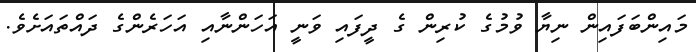
މައިންބަފައިން ނިޔާ ވުމުގެ ކުރިން ގެ ދީފައި ވަނީ އަހަންނާއި އަހަރެންގެ ދައްތައަށެވެ.